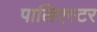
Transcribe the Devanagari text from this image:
पालिएस्टर